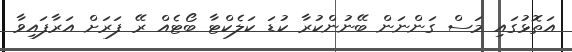
އަތޮޅުގައި މަސް ގަންނަން ބޭނުންކުރާ ކުޑަ ކަލެކްޓާ ބޯޓެއް ރޭ ފަރަށް އަރާފައިވާ